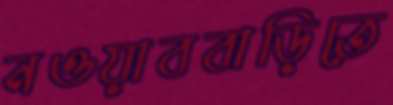
নওয়াববাড়িতে